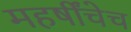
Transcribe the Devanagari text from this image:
महर्षींचेच